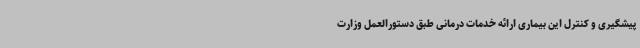
پیشگیری و کنترل این بیماری ارائه خدمات درمانی طبق دستورالعمل وزارت